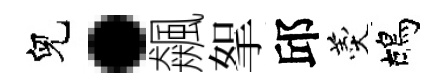
兒·飆挐邱羹鴣